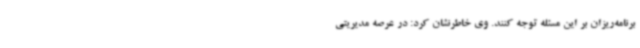
برنامه‌ریزان بر این مسئله توجه کنند. وی خاطرنشان کرد: در عرصه مدیریتی